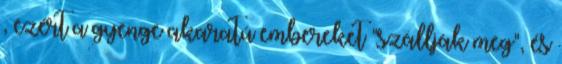
, ezért a gyenge akaratú embereket "szállják meg", és